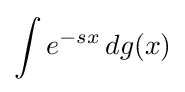
\int e^{-sx}\,dg(x)